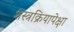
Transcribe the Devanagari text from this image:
शस्त्रक्रियापेक्षा